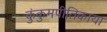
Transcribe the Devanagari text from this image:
कुंकुमपीतिकाया